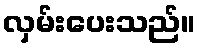
လှမ်းပေးသည်။